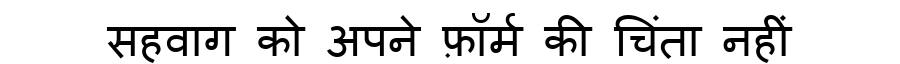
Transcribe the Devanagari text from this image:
सहवाग को अपने फ़ॉर्म की चिंता नहीं